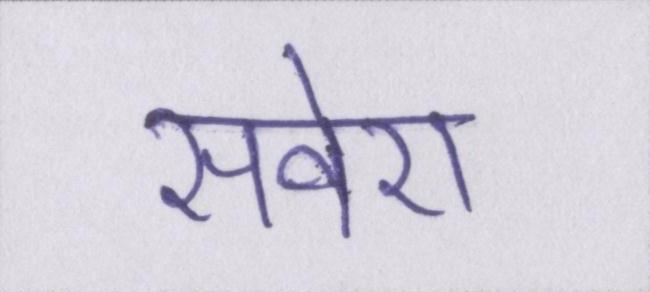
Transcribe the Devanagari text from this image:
सवेरा